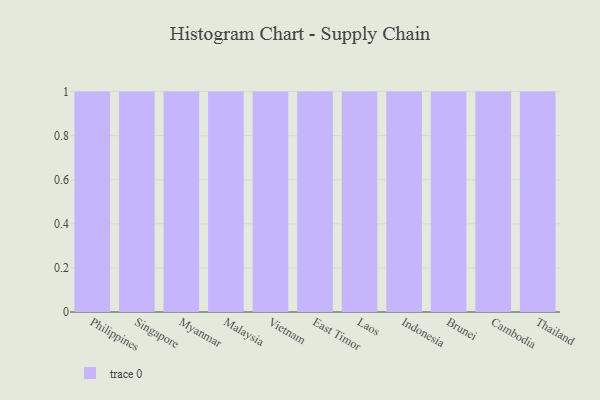
{"axis": {"x": "Country", "y": "Market Share (%)"}, "legend": [""], "data": [{"x": "Philippines", "y": 98, "type": ""}, {"x": "Singapore", "y": 6, "type": ""}, {"x": "Myanmar", "y": 32, "type": ""}, {"x": "Malaysia", "y": 91, "type": ""}, {"x": "Vietnam", "y": 98, "type": ""}, {"x": "East Timor", "y": 84, "type": ""}, {"x": "Laos", "y": 55, "type": ""}, {"x": "Indonesia", "y": 70, "type": ""}, {"x": "Brunei", "y": 7, "type": ""}, {"x": "Cambodia", "y": 68, "type": ""}, {"x": "Thailand", "y": 26, "type": ""}]}